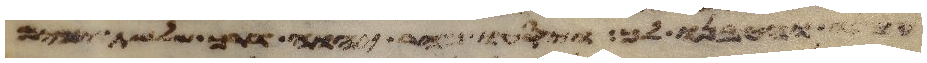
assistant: והטיבנו לך ויסעו מהר יהוה דרך שלשת ימים